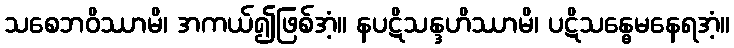
သစေဘဝိဿာမိ၊ အကယ်၍ဖြစ်အံ့။ နပဋိသန္ဒဟိဿာမိ၊ ပဋိသန္ဓေမနေရအံ့။